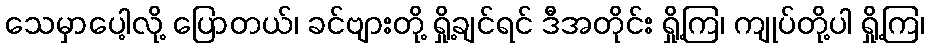
သေမှာပေါ့လို့ ပြောတယ်၊ ခင်ဗျားတို့ ရှို့ချင်ရင် ဒီအတိုင်း ရှို့ကြ၊ ကျုပ်တို့ပါ ရှို့ကြ၊